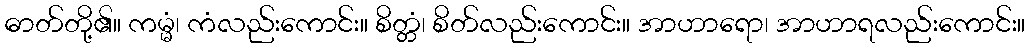
ဓာတ်တို့၏။ ကမ္မံ၊ ကံလည်းကောင်း။ စိတ္တံ၊ စိတ်လည်းကောင်း။ အာဟာရော၊ အာဟာရလည်းကောင်း။